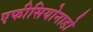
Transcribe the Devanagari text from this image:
एफीसियोनाडो